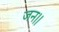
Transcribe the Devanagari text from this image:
जन।।